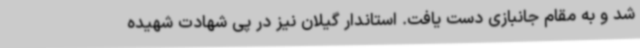
شد و به مقام جانبازی دست یافت. استاندار گیلان نیز در پی شهادت شهیده